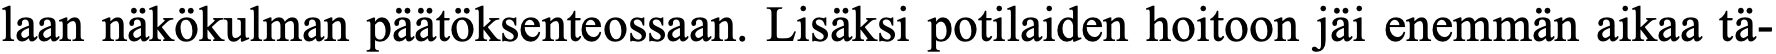
laan näkökulman päätöksenteossaan. Lisäksi potilaiden hoitoon jäi enemmän aikaa tä-